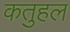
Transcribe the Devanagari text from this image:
कतुहल